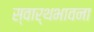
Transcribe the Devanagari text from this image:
स्वार्थभावना